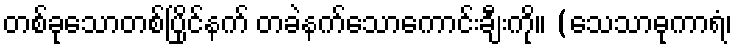
တစ်ခုသောတစ်ပြိုင်နက် တခဲနက်သောကောင်းချီးကို။ (သေသာဓုကာရံ၊